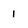
Character: 1